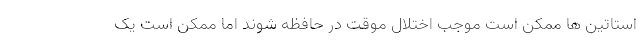
استاتین ها ممکن است موجب اختلال موقت در حافظه شوند اما ممکن است یک